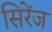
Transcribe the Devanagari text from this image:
सिरेंज